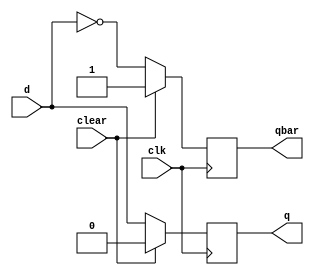
///////////////////////////////////////////////////////////////////////////////////////////////////
// Company: <Name>
//
// File history:
//      <Revision number>: <Date>: <Comments>
//      <Revision number>: <Date>: <Comments>
//      <Revision number>: <Date>: <Comments>
//
// Description: 
//
// <Description here>
//
// Targeted device: <Family::SmartFusion> <Die::A2F200M3F> <Package::484 FBGA>
//
/////////////////////////////////////////////////////////////////////////////////////////////////// 

//`timescale <time_units> / <precision>

// Reference: https://technobyte.org/verilog-code-d-flip-flop-dataflow-gate-behavioral/

module DFF (
    input d, clk, clear,
    output reg q, qbar
); 

always@(posedge clk) 
begin
    if(clear == 1)
        begin
        q <= 0;
        qbar <= 1;
        end
    else
        begin
        q <= d; 
        qbar <= !d;
        end
end
endmodule